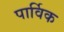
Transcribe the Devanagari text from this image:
पार्विक